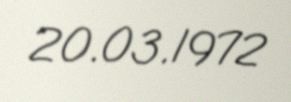
20.03.1972